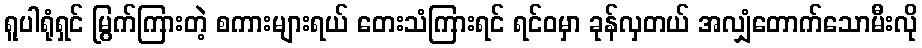
ရူပါရုံရှင် မြွက်ကြားတဲ့ စကားများရယ် တေးသံကြားရင် ရင်ဝမှာ ခုန်လှတယ် အလျှံတောက်သောမီးလို